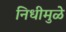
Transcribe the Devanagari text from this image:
निधीमुळे